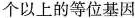
个以上的等位基因